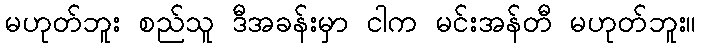
မဟုတ်ဘူး စည်သူ ဒီအခန်းမှာ ငါက မင်းအန်တီ မဟုတ်ဘူး။